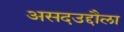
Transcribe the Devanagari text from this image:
असदउद्दौला